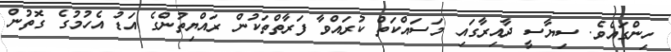
ހިންގައެވެ. ސިޔާސީ ދާއިރާގައި މަސައްކަތް ކުރައްވާ ފަރާތްތަކުން ރައްޔިތުންގެ އަޑު އެހުމުގެ ގޮތުން